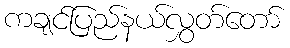
ကချင်ပြည်နယ်လွှတ်တော်